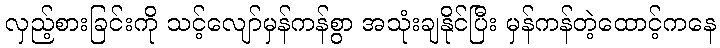
လှည့်စားခြင်းကို သင့်လျော်မှန်ကန်စွာ အသုံးချနိုင်ပြီး မှန်ကန်တဲ့ထောင့်ကနေ